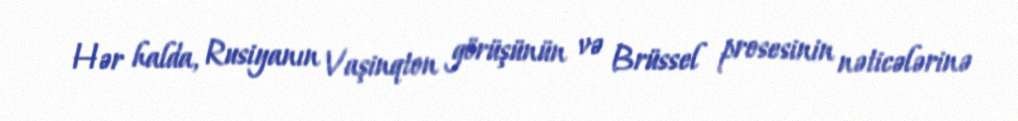
Hər halda, Rusiyanın Vaşinqton görüşünün və Brüssel prosesinin nəticələrinə